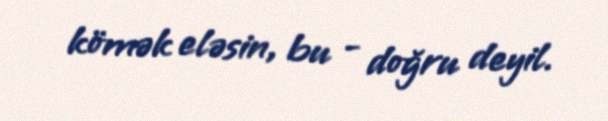
kömək eləsin, bu - doğru deyil.